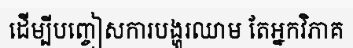
ដើម្បីបញ្ចៀសការបង្ហូរឈាម តែអ្នកវិភាគ